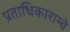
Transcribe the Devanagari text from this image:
प्रताधिकाराम्चे